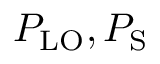
P _ { \mathrm { L O } } , P _ { \mathrm { S } }